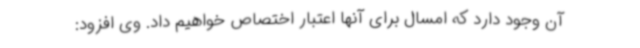
آن وجود دارد که امسال برای آنها اعتبار اختصاص خواهیم داد. وی افزود: